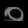
Digit: ၀